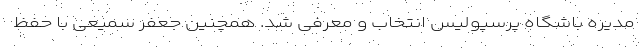
مدیره باشگاه پرسپولیس انتخاب و معرفی شد. همچنین جعفر سمیعی با حفظ